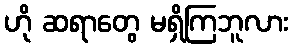
ဟို ဆရာတွေ မရှိကြဘူလား